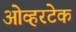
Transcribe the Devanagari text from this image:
ओव्हरटेक